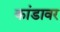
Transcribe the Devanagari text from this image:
कांडावर